Indian journal of veterinary science and animal husbandry - Volumes 18-21, 1948-1951
Year: 1948
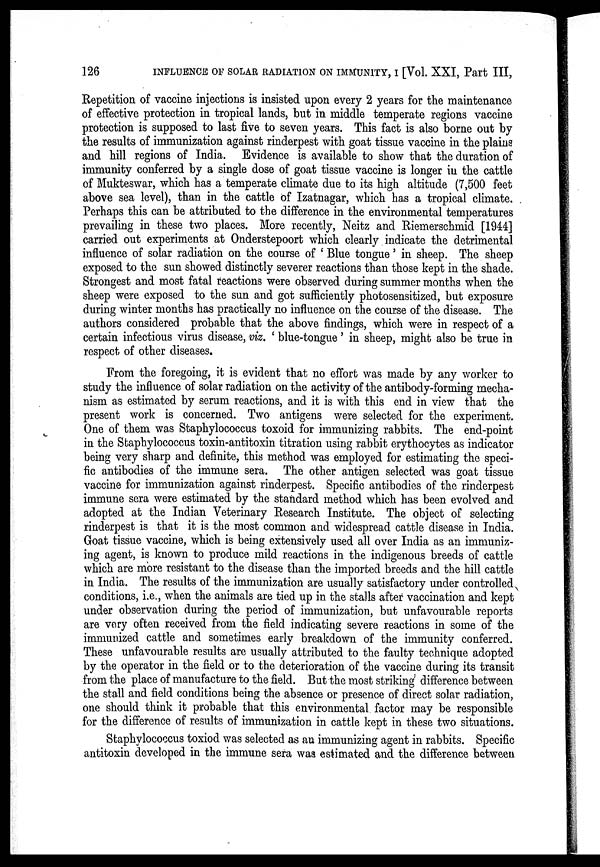
126
INFLUENCE OF SOLAR RADIATION ON IMMUNITY, I [Vol. XXI, Part III,
Repetition of vaccine injections is insisted upon every 2 years for the maintenance
of effective protection in tropical lands, but in middle temperate regions vaccine
protection is supposed to last five to seven years. This fact is also borne out by
the results of immunization against rinderpest with goat tissue vaccine in the plains
and hill regions of India. Evidence is available to show that the duration of
immunity conferred by a single dose of goat tissue vaccine is longer in the cattle
of Mukteswar, which has a temperate climate due to its high altitude (7,500 feet
above sea level), than in the cattle of Izatnagar, which has a tropical climate.
Perhaps this can be attributed to the difference in the environmental temperatures
prevailing in these two places. More recently, Neitz and Riemerschmid [1944]
carried out experiments at Onderstepoort which clearly indicate the detrimental
influence of solar radiation on the course of ' Blue tongue' in sheep. The sheep
exposed to the sun showed distinctly severer reactions than those kept in the shade.
Strongest and most fatal reactions were observed during summer months when the
sheep were exposed to the sun and got sufficiently photosensitized, but exposure
during winter months has practically no influence on the course of the disease. The
authors considered probable that the above findings, which were in respect of a
certain infectious virus disease, viz. ' blue-tongue' in sheep, might also be true in
respect of other diseases.
From the foregoing, it is evident that no effort was made by any worker to
study the influence of solar radiation on the activity of the antibody-forming mecha-
nism as estimated by serum reactions, and it is with this end in view that the
present work is concerned. Two antigens were selected for the experiment.
One of them was Staphylococcus toxoid for immunizing rabbits. The end-point
in the Staphylococcus toxin-antitoxin titration using rabbit erythocytes as indicator
being very sharp and definite, this method was employed for estimating the speci-
fic antibodies of the immune sera. The other antigen selected was goat tissue
vaccine for immunization against rinderpest. Specific antibodies of the rinderpest
immune sera were estimated by the standard method which has been evolved and
adopted at the Indian Veterinary Research Institute. The object of selecting
rinderpest is that it is the most common and widespread cattle disease in India.
Goat tissue vaccine, which is being extensively used all over India as an immuniz-
ing agent, is known to produce mild reactions in the indigenous breeds of cattle
which are more resistant to the disease than the imported breeds and the hill cattle
in India. The results of the immunization are usually satisfactory under controlled
conditions, i.e., when the animals are tied up in the stalls after vaccination and kept
under observation during the period of immunization, but unfavourable reports
are very often received from the field indicating severe reactions in some of the
immunized cattle and sometimes early breakdown of the immunity conferred.
These unfavourable results are usually attributed to the faulty technique adopted
by the operator in the field or to the deterioration of the vaccine during its transit
from the place of manufacture to the field. But the most striking difference between
the stall and field conditions being the absence or presence of direct solar radiation,
one should think it probable that this environmental factor may be responsible
for the difference of results of immunization in cattle kept in these two situations.
Staphylococcus toxiod was selected as an immunizing agent in rabbits. Specific
antitoxin developed in the immune sera was estimated and the difference between